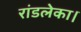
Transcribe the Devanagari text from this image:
रांडलेका।